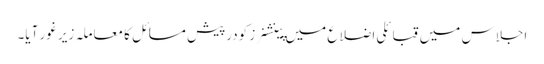
اجلاس میں قبائلی اضلاع میں پینشنرز کودرپیش مسائل کا معاملہ زیر غور آیا۔